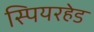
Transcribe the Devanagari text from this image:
स्पियरहेड